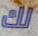
لك